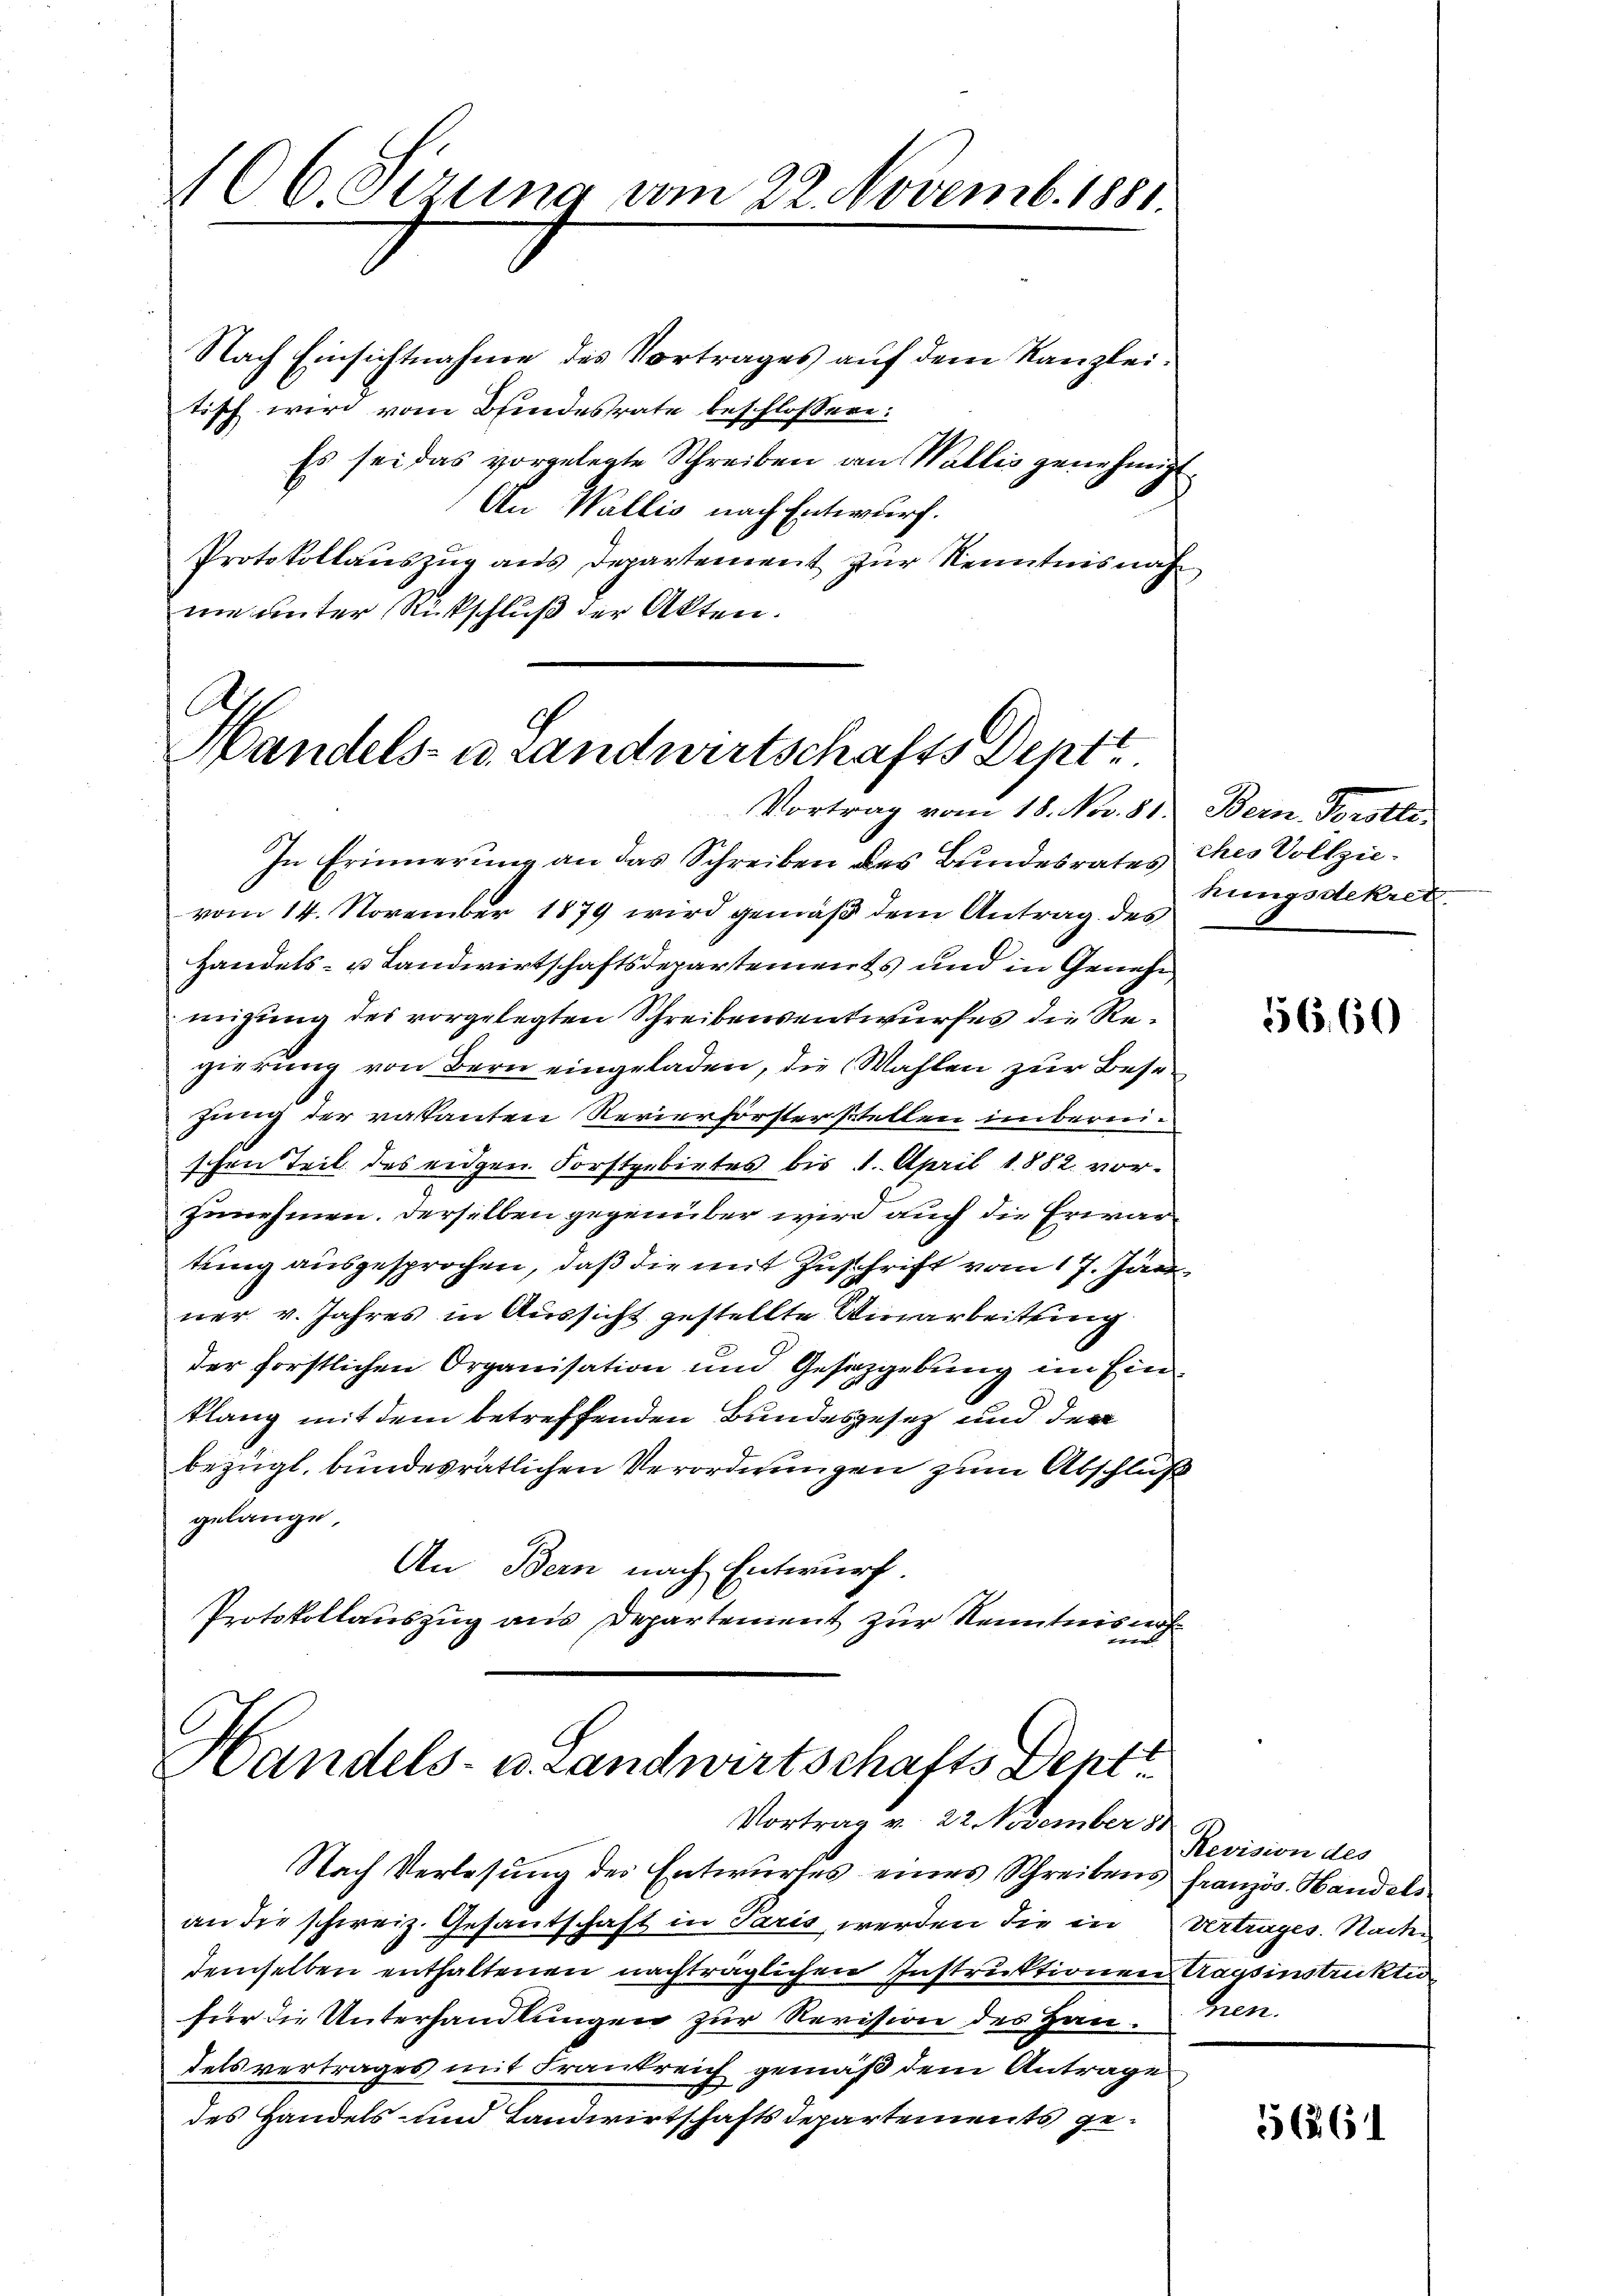
106. Sirung vom 22. Novemb. 1881.

Nach Einsichtnahme des Vortrages auf dem Kanzleitisch wird vom Bundesrate beschlossen:
Es sei das vorgelegte Schreiben an Wallis genehmigt
An Wallis nach Entwurf.
Protokollauszug aus Departement zur Kenntnis nach
nie unter Rückschluß der Akten.

l
Handels- u. Landwirtschafts Dept.
Vortrag vom 18. No. 81. Bern, Tyrolle

In Erinnerung an das Schreiben des Bundesrates
vom 14. November 1879 wird gemäß dem Antrag des
Handels- u Landwirtschaftsdepartements und in Genehmigung des vorgelegten Schreibensentwurfes die Regierung von Bern eingeladen, die Wahlen zur Besehung der vakanten Revierförsterstellen inbernischen Teil des eidgen. Forstgebietes bis 1. April 1882 vorzunehmen. Derselben gegenüber wird auch die Erwartung ausgesprochen, daß die mit Zuschrift vom 17. Jan
ner v. Jahres in Aussicht gestellte Umarbeitung
der forstlichen Organisation und Gesetzgebung im Einklang mit dem betreffenden Bundesgesetz und der
bezügl. bundesrätlichen Verordnungen zum Abschluß
gelange,
An Bern nach Entwurf.
Protokollauszug aus Departement zur Kenntnis auf

Handels- u. Landwirtschafts Dept
Vortrag v. 22 November 181

Nach Verlesung des Entwurfes eines Schreibens französ. Handels
an die schweiz. Gesandschaft in Paris werden die in Vertrages. Nachten
demselben enthaltenen nachträglichen Instruktionen Kassinstruktio
für die Unterhandlungen zur Revision des Hau¬
Felsvertrages mit Frankreich gemäß dem Antrage
des Handels und Landwirtschaftsdepartements ge¬

ches Vollziehungsdekretz.

56,60

Revision des
hen.

562. 61